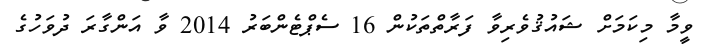
ވީމާ މިކަމަށް ޝައުޤުވެރިވާ ފަރާތްތަކުން 16 ސެޕްޓެންބަރު 2014 ވާ އަންގާރަ ދުވަހުގެ